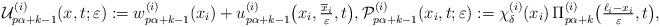
LaTeX: \begin{align*} \mathcal{U}^{(i)}_{p\alpha +k -1}(x, t; \varepsilon) := w_{p\alpha +k -1}^{(i)} (x_i) + u_{p\alpha +k -1}^{(i)} \big( x_i, \tfrac{\overline{x}_i}{\varepsilon}, t\big), \mathcal{P}^{(i)}_{p\alpha +k -1}(x_i, t; \varepsilon) := \chi_\delta^{(i)}(x_i) \, \Pi_{p \alpha +k}^{(i)}\big(\tfrac{\ell_i - x_i}{\varepsilon}, t \big),\end{align*}